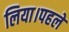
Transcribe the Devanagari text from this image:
लिया।पहले